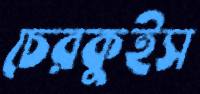
চেরকুইস